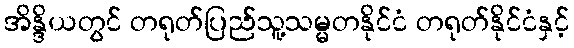
အိန္ဒိယတွင် တရုတ်ပြည်သူ့သမ္မတနိုင်ငံ တရုတ်နိုင်ငံနှင့်